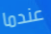
عندما